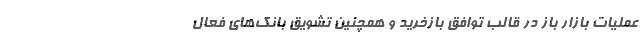
عملیات بازار باز در قالب توافق بازخرید و همچنین تشویق بانک‌های فعال